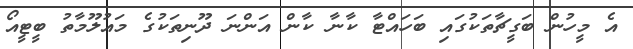
އެ މީހުން ބަގީޗާތަކުގައި ބަހައްޓާ ކާނާ ކާން އަންނަ ދޫނިތަކުގެ މައުލޫމާތު ބީޓީއޯ